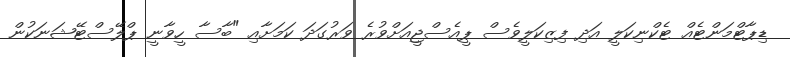
ޑިޕާޓްމަންޓެއް ޓެކްނިކަލީ އަދި ފިޒިކަލީވެސް ޕީއެސްޖީއަށްވުރެ ވަރުގަދަ ކަމަށާއި "ބާސާ ހީވާނީ ޕްލޭސްޓޭޝަނަކުން